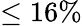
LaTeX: \leq 16\%